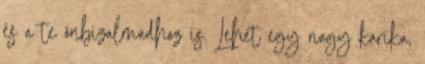
és a te önbizalmadhoz is. Lehet egy nagy karika,